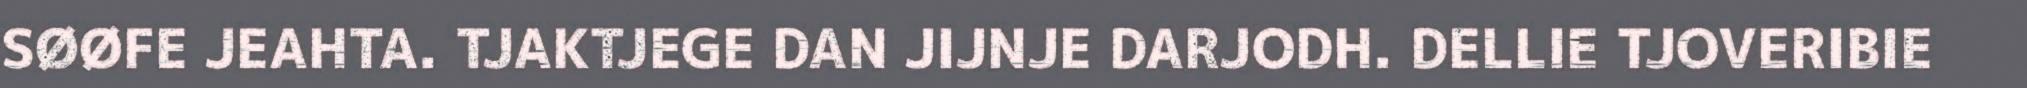
SØØFE JEAHTA. TJAKTJEGE DAN JIJNJE DARJODH. DELLIE TJOVERIBIE